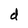
Character: d